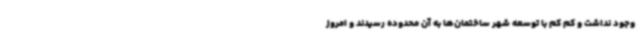
وجود نداشت و کم کم با توسعه شهر ساختمان‌ها به آن محدوده رسیدند و امروز